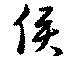
侯